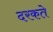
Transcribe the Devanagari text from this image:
दरकते